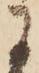
に